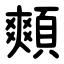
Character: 䫪